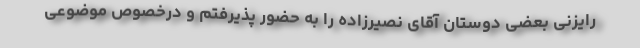
رایزنى بعضى دوستان آقای نصیرزاده را به حضور پذیرفتم و درخصوص موضوعى